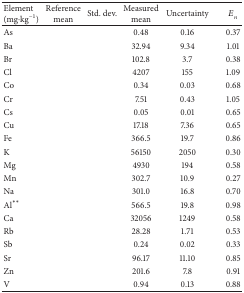
<table><thead><tr><td><b>Element (mg·kg<sup>−1</sup>)</b></td><td><b>Reference mean</b></td><td><b>Std. dev.</b></td><td><b>Measured mean</b></td><td><b>Uncertainty</b></td><td><b><i>E</i><sub><i>n</i></sub></b></td></tr></thead><tbody><tr><td>As</td><td>[EMPTY_CELL]</td><td>[EMPTY_CELL]</td><td>0.48</td><td>0.16</td><td>0.37</td></tr><tr><td>Ba</td><td>[EMPTY_CELL]</td><td>[EMPTY_CELL]</td><td>32.94</td><td>9.34</td><td>1.01</td></tr><tr><td>Br</td><td>[EMPTY_CELL]</td><td>[EMPTY_CELL]</td><td>102.8</td><td>3.7</td><td>0.38</td></tr><tr><td>Cl</td><td>[EMPTY_CELL]</td><td>[EMPTY_CELL]</td><td>4207</td><td>155</td><td>1.09</td></tr><tr><td>Co</td><td>[EMPTY_CELL]</td><td>[EMPTY_CELL]</td><td>0.34</td><td>0.03</td><td>0.68</td></tr><tr><td>Cr</td><td>[EMPTY_CELL]</td><td>[EMPTY_CELL]</td><td>7.51</td><td>0.43</td><td>1.05</td></tr><tr><td>Cs</td><td>[EMPTY_CELL]</td><td>[EMPTY_CELL]</td><td>0.05</td><td>0.01</td><td>0.65</td></tr><tr><td>Cu</td><td>[EMPTY_CELL]</td><td>[EMPTY_CELL]</td><td>17.18</td><td>7.36</td><td>0.65</td></tr><tr><td>Fe</td><td>[EMPTY_CELL]</td><td>[EMPTY_CELL]</td><td>366.5</td><td>19.7</td><td>0.86</td></tr><tr><td>K</td><td>[EMPTY_CELL]</td><td>[EMPTY_CELL]</td><td>56150</td><td>2050</td><td>0.30</td></tr><tr><td>Mg</td><td>[EMPTY_CELL]</td><td>[EMPTY_CELL]</td><td>4930</td><td>194</td><td>0.58</td></tr><tr><td>Mn</td><td>[EMPTY_CELL]</td><td>[EMPTY_CELL]</td><td>302.7</td><td>10.9</td><td>0.27</td></tr><tr><td>Na</td><td>[EMPTY_CELL]</td><td>[EMPTY_CELL]</td><td>301.0</td><td>16.8</td><td>0.70</td></tr><tr><td>Al<sup><i>∗∗</i></sup></td><td>[EMPTY_CELL]</td><td>[EMPTY_CELL]</td><td>566.5</td><td>19.8</td><td>0.98</td></tr><tr><td>Ca</td><td>[EMPTY_CELL]</td><td>[EMPTY_CELL]</td><td>32056</td><td>1249</td><td>0.58</td></tr><tr><td>Rb</td><td>[EMPTY_CELL]</td><td>[EMPTY_CELL]</td><td>28.28</td><td>1.71</td><td>0.53</td></tr><tr><td>Sb</td><td>[EMPTY_CELL]</td><td>[EMPTY_CELL]</td><td>0.24</td><td>0.02</td><td>0.33</td></tr><tr><td>Sr</td><td>[EMPTY_CELL]</td><td>[EMPTY_CELL]</td><td>96.17</td><td>11.10</td><td>0.85</td></tr><tr><td>Zn</td><td>[EMPTY_CELL]</td><td>[EMPTY_CELL]</td><td>201.6</td><td>7.8</td><td>0.91</td></tr><tr><td>V</td><td>[EMPTY_CELL]</td><td>[EMPTY_CELL]</td><td>0.94</td><td>0.13</td><td>0.88</td></tr></tbody></table>